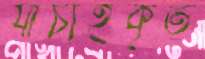
যাচাইকৃত